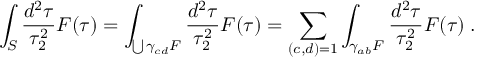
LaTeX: \int _ { S } \frac { d ^ { 2 } \tau } { \tau _ { 2 } ^ { 2 } } F ( \tau ) = \int _ { \bigcup \gamma _ { c d } { \cal F } } \frac { d ^ { 2 } \tau } { \tau _ { 2 } ^ { 2 } } F ( \tau ) = \sum _ { ( c , d ) = 1 } \int _ { \gamma _ { a b } { \cal F } } \frac { d ^ { 2 } \tau } { \tau _ { 2 } ^ { 2 } } F ( \tau ) \; .